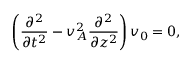
\left( \frac { \partial ^ { 2 } } { \partial t ^ { 2 } } - v _ { A } ^ { 2 } \frac { \partial ^ { 2 } } { \partial z ^ { 2 } } \right) v _ { 0 } = 0 ,